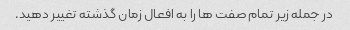
در جمله زیر تمام صفت ها را به افعال زمان گذشته تغییر دهید.